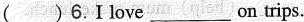
( )6.I love___on trips.